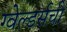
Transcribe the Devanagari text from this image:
ग्वेल्डर्सची